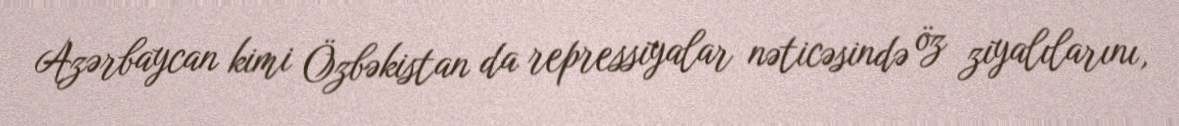
Azərbaycan kimi Özbəkistan da repressiyalar nəticəsində öz ziyalılarını,